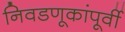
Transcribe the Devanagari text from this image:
निवडणूकांपूर्वी